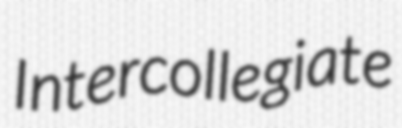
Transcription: Intercollegiate